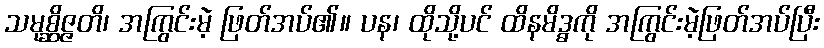
သမုစ္ဆိဇ္ဇတိ၊ အကြွင်းမဲ့ ဖြတ်အပ်၏။ ပန၊ ထိုသို့ပင် ထိနမိဒ္ဓကို အကြွင်းမဲ့ဖြတ်အပ်ပြီး